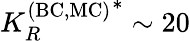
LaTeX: {K_{R}^{\mathrm{(BC,MC)}}}^{*}\sim 20